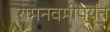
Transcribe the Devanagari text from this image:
रामनवमीपर्यंत